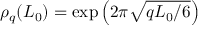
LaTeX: \rho _ { q } ( L _ { 0 } ) = \exp \left( 2 \pi \sqrt { q L _ { 0 } / 6 } \right)